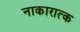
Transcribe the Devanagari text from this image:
नाकारात्क